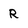
Character: R